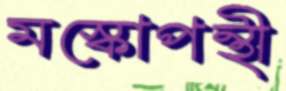
মস্কোপন্থী